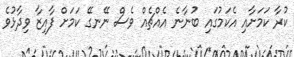
ކުރާ ކަމަށާއި އެކަމުގައި ބުނާނެ އެއްޗެއް ވެސް ނޭނގޭ ކަމަށް ފާއިޒާ ވިދާޅުވެ